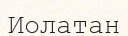
Иолатан